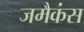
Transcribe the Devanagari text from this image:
जमैकंस